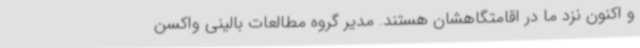
و اکنون نزد ما در اقامتگاهشان هستند. مدیر گروه مطالعات بالینی واکسن